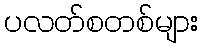
ပလတ်စတစ်များ